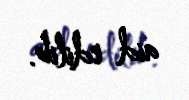
aid edilib.